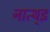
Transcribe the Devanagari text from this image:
नात्थ्इ